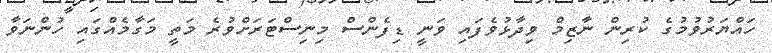
ހައްޔަރުވުމުގެ ކުރިން ނާޒިމް ވިދާޅުވެފައި ވަނީ ޑިފެންސް މިނިސްޓަރަށްވުރެ މަތީ މަގާމެއްގައި ހުންނަވާ